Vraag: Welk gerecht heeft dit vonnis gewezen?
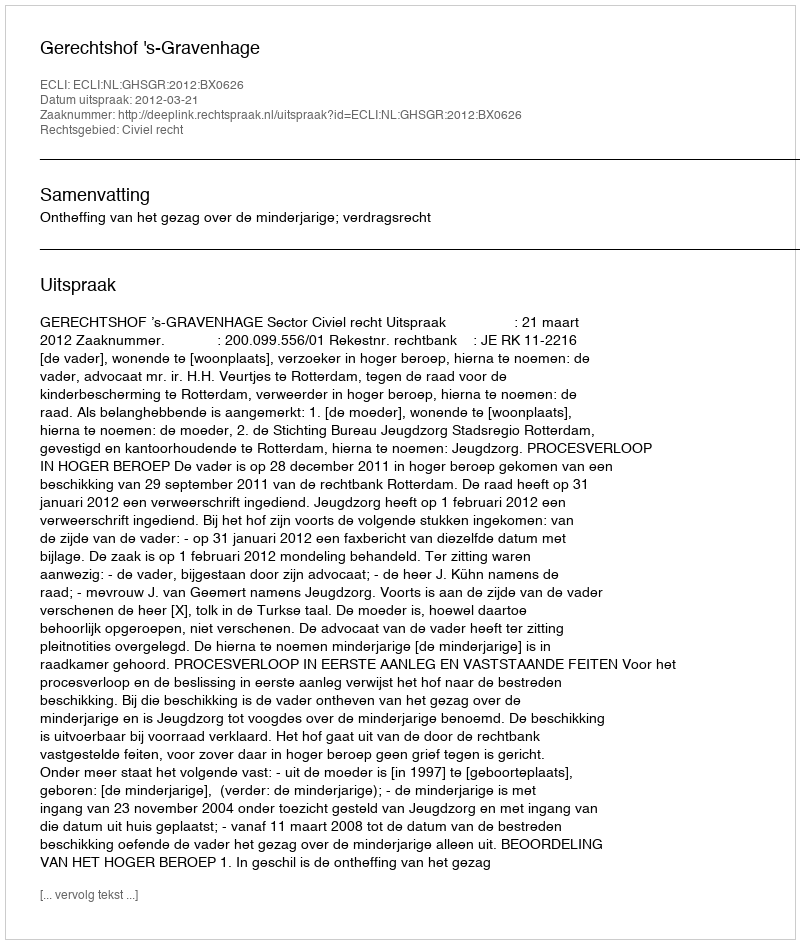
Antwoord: Gerechtshof 's-Gravenhage